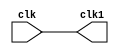
module test1(
	input wire clk,
	output wire clk1
);

assign clk1 = clk;

endmodule